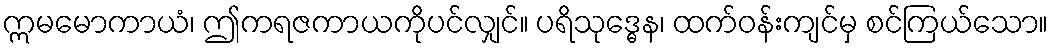
ဣမမောကာယံ၊ ဤကရဇကာယကိုပင်လျှင်။ ပရိသုဒ္ဓေန၊ ထက်ဝန်းကျင်မှ စင်ကြယ်သော။